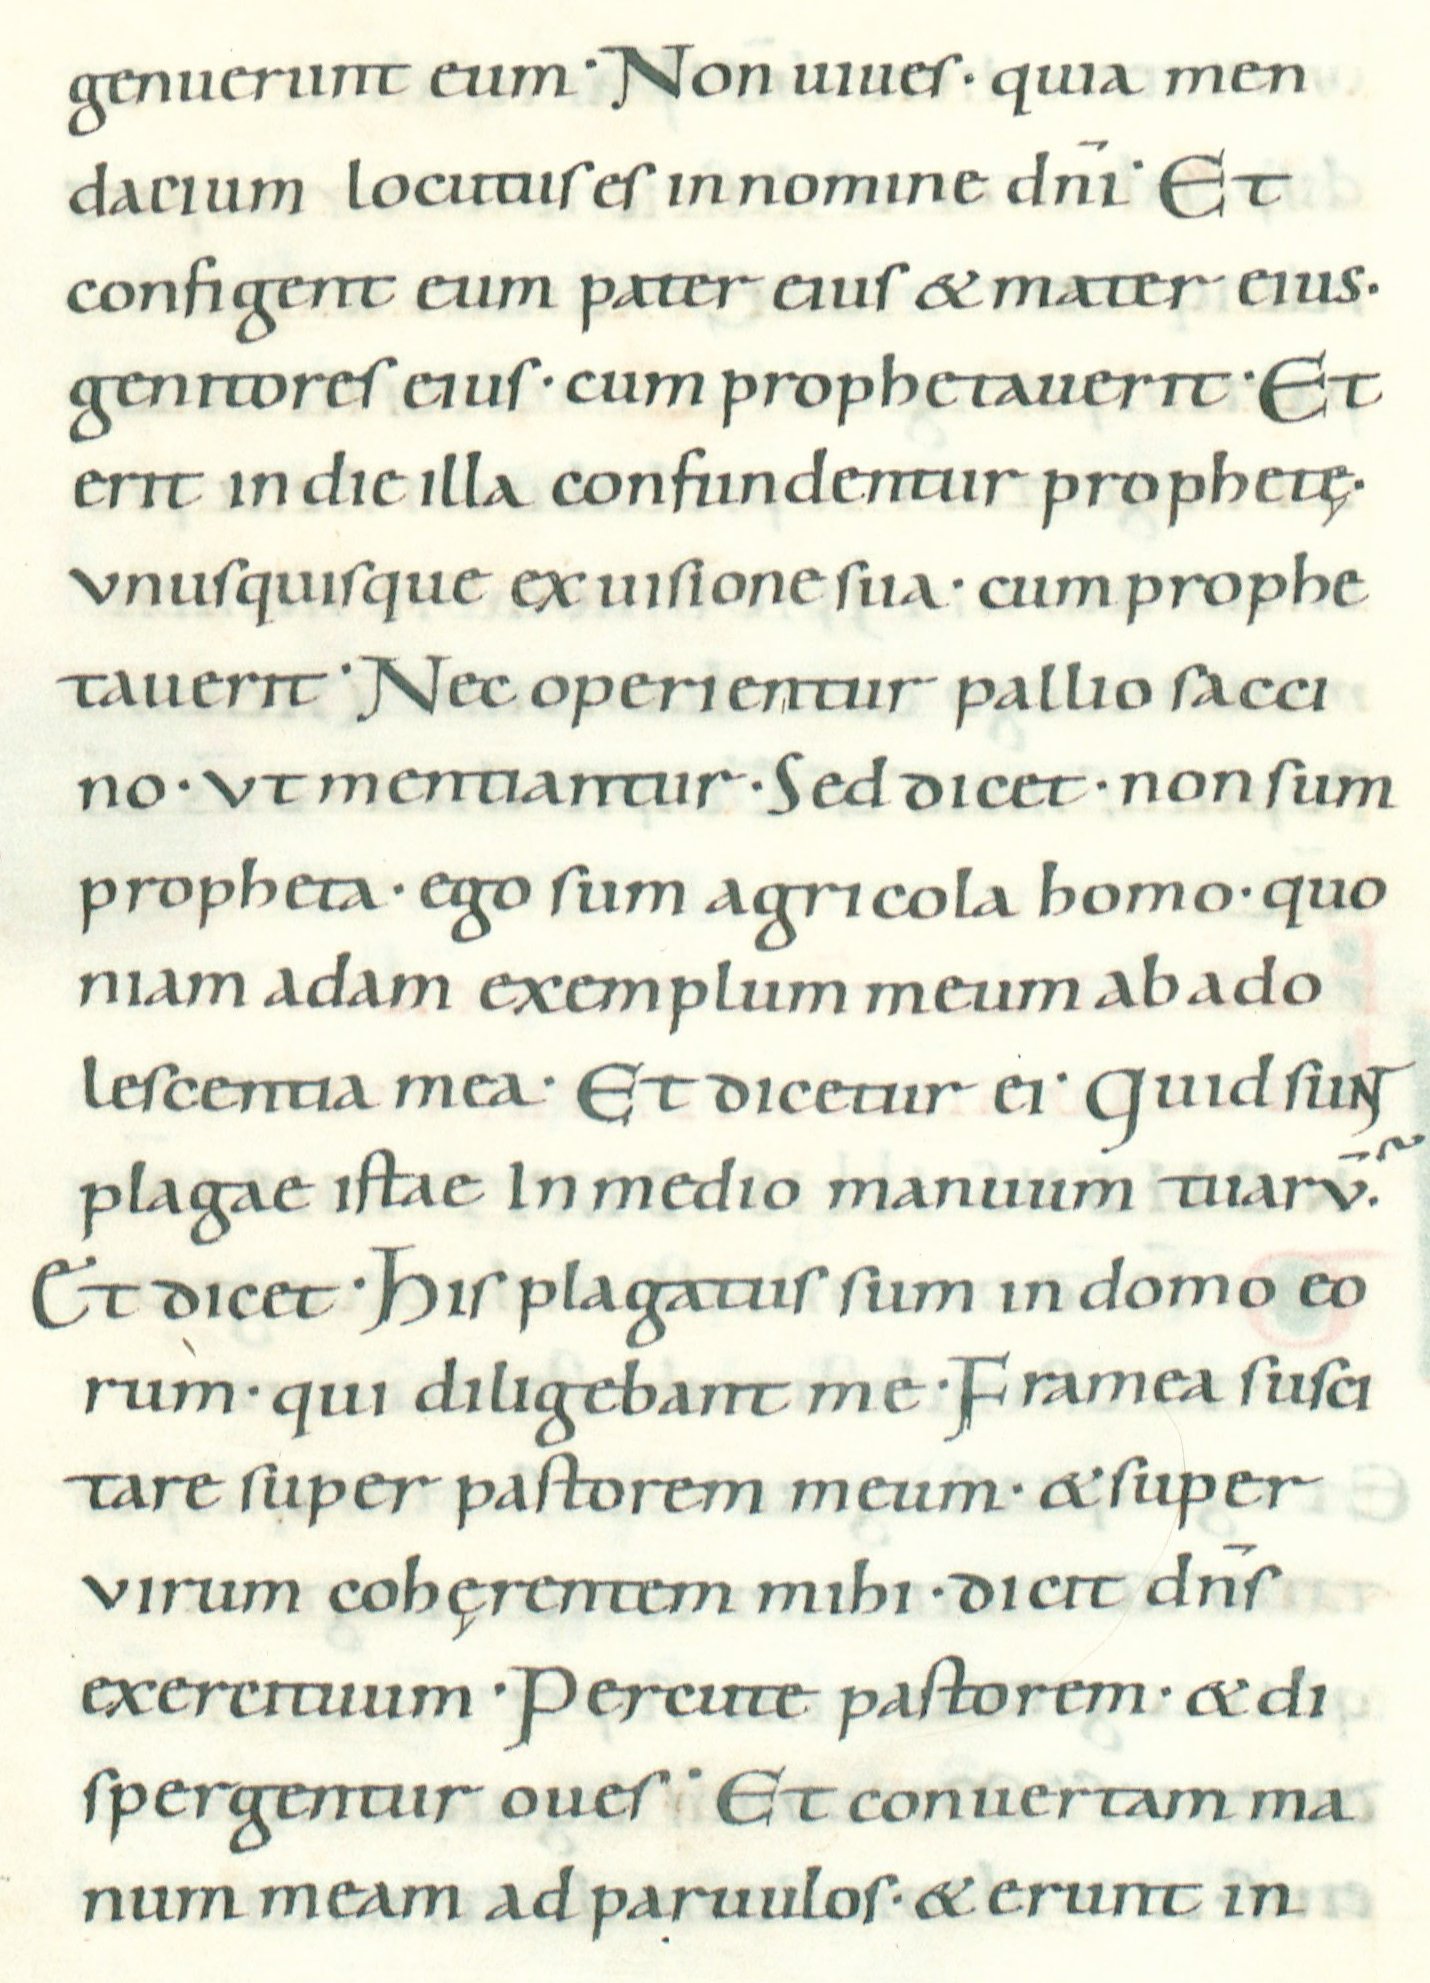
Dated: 1022–1036